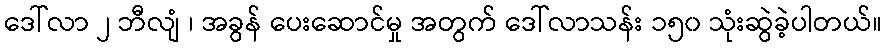
ဒေါ်လာ ၂ ဘီလျံ ၊ အခွန် ပေးဆောင်မှု အတွက် ဒေါ်လာသန်း ၁၅၀ သုံးဆွဲခဲ့ပါတယ်။